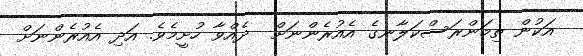
އަކުން ތިމަންރަސްކަލާނގެ އެއުރެންނަށް  ދެއްވާ ހުށީމެވެ. އަދި އެއުރެންނަށް